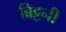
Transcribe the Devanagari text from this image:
ब्रिट्टनी